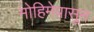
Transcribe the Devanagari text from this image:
मोहिमेपासून